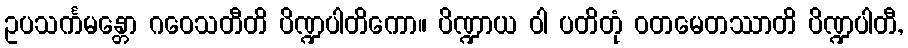
ဥပသင်္ကမန္တော ဂဝေသတီတိ ပိဏ္ဍပါတိကော။ ပိဏ္ဍာယ ဝါ ပတိတုံ ဝတမေတဿာတိ ပိဏ္ဍပါတီ,